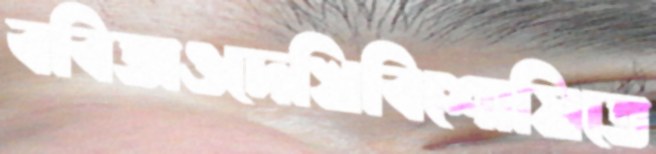
ববিতাওদেখিবিশোষিতে